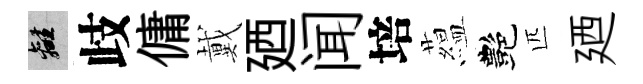
離歧傭戴廼闻培藴艷匹廼